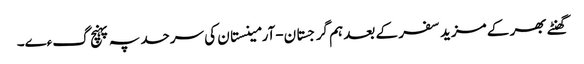
گھنٹے بھر کے مزید سفر کے بعد ہم گرجستان-آرمینستان کی سرحد پہ پہنچ گءے۔